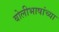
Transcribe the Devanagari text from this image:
बोलीभाषांच्या